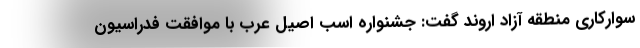
سوارکاری منطقه آزاد اروند گفت: جشنواره اسب اصیل عرب با موافقت فدراسیون